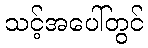
သင့်အပေါ်တွင်